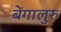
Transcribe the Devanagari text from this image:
बेंगालुरु